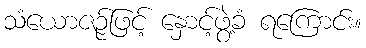
သံယောဇဉ်ဖြင့် နှောင့်ဖွဲ့ခံ ရကြောင်း။